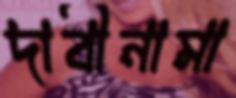
দাবীনামা